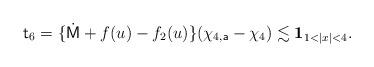
LaTeX: \begin{align*} {\sf t}_6 &= \{ \dot{\sf M} + f(u) - f_2(u) \} (\chi_{4,{\sf a}}-\chi_4) \lesssim {\bf 1}_{1<|x|<4}. \end{align*}